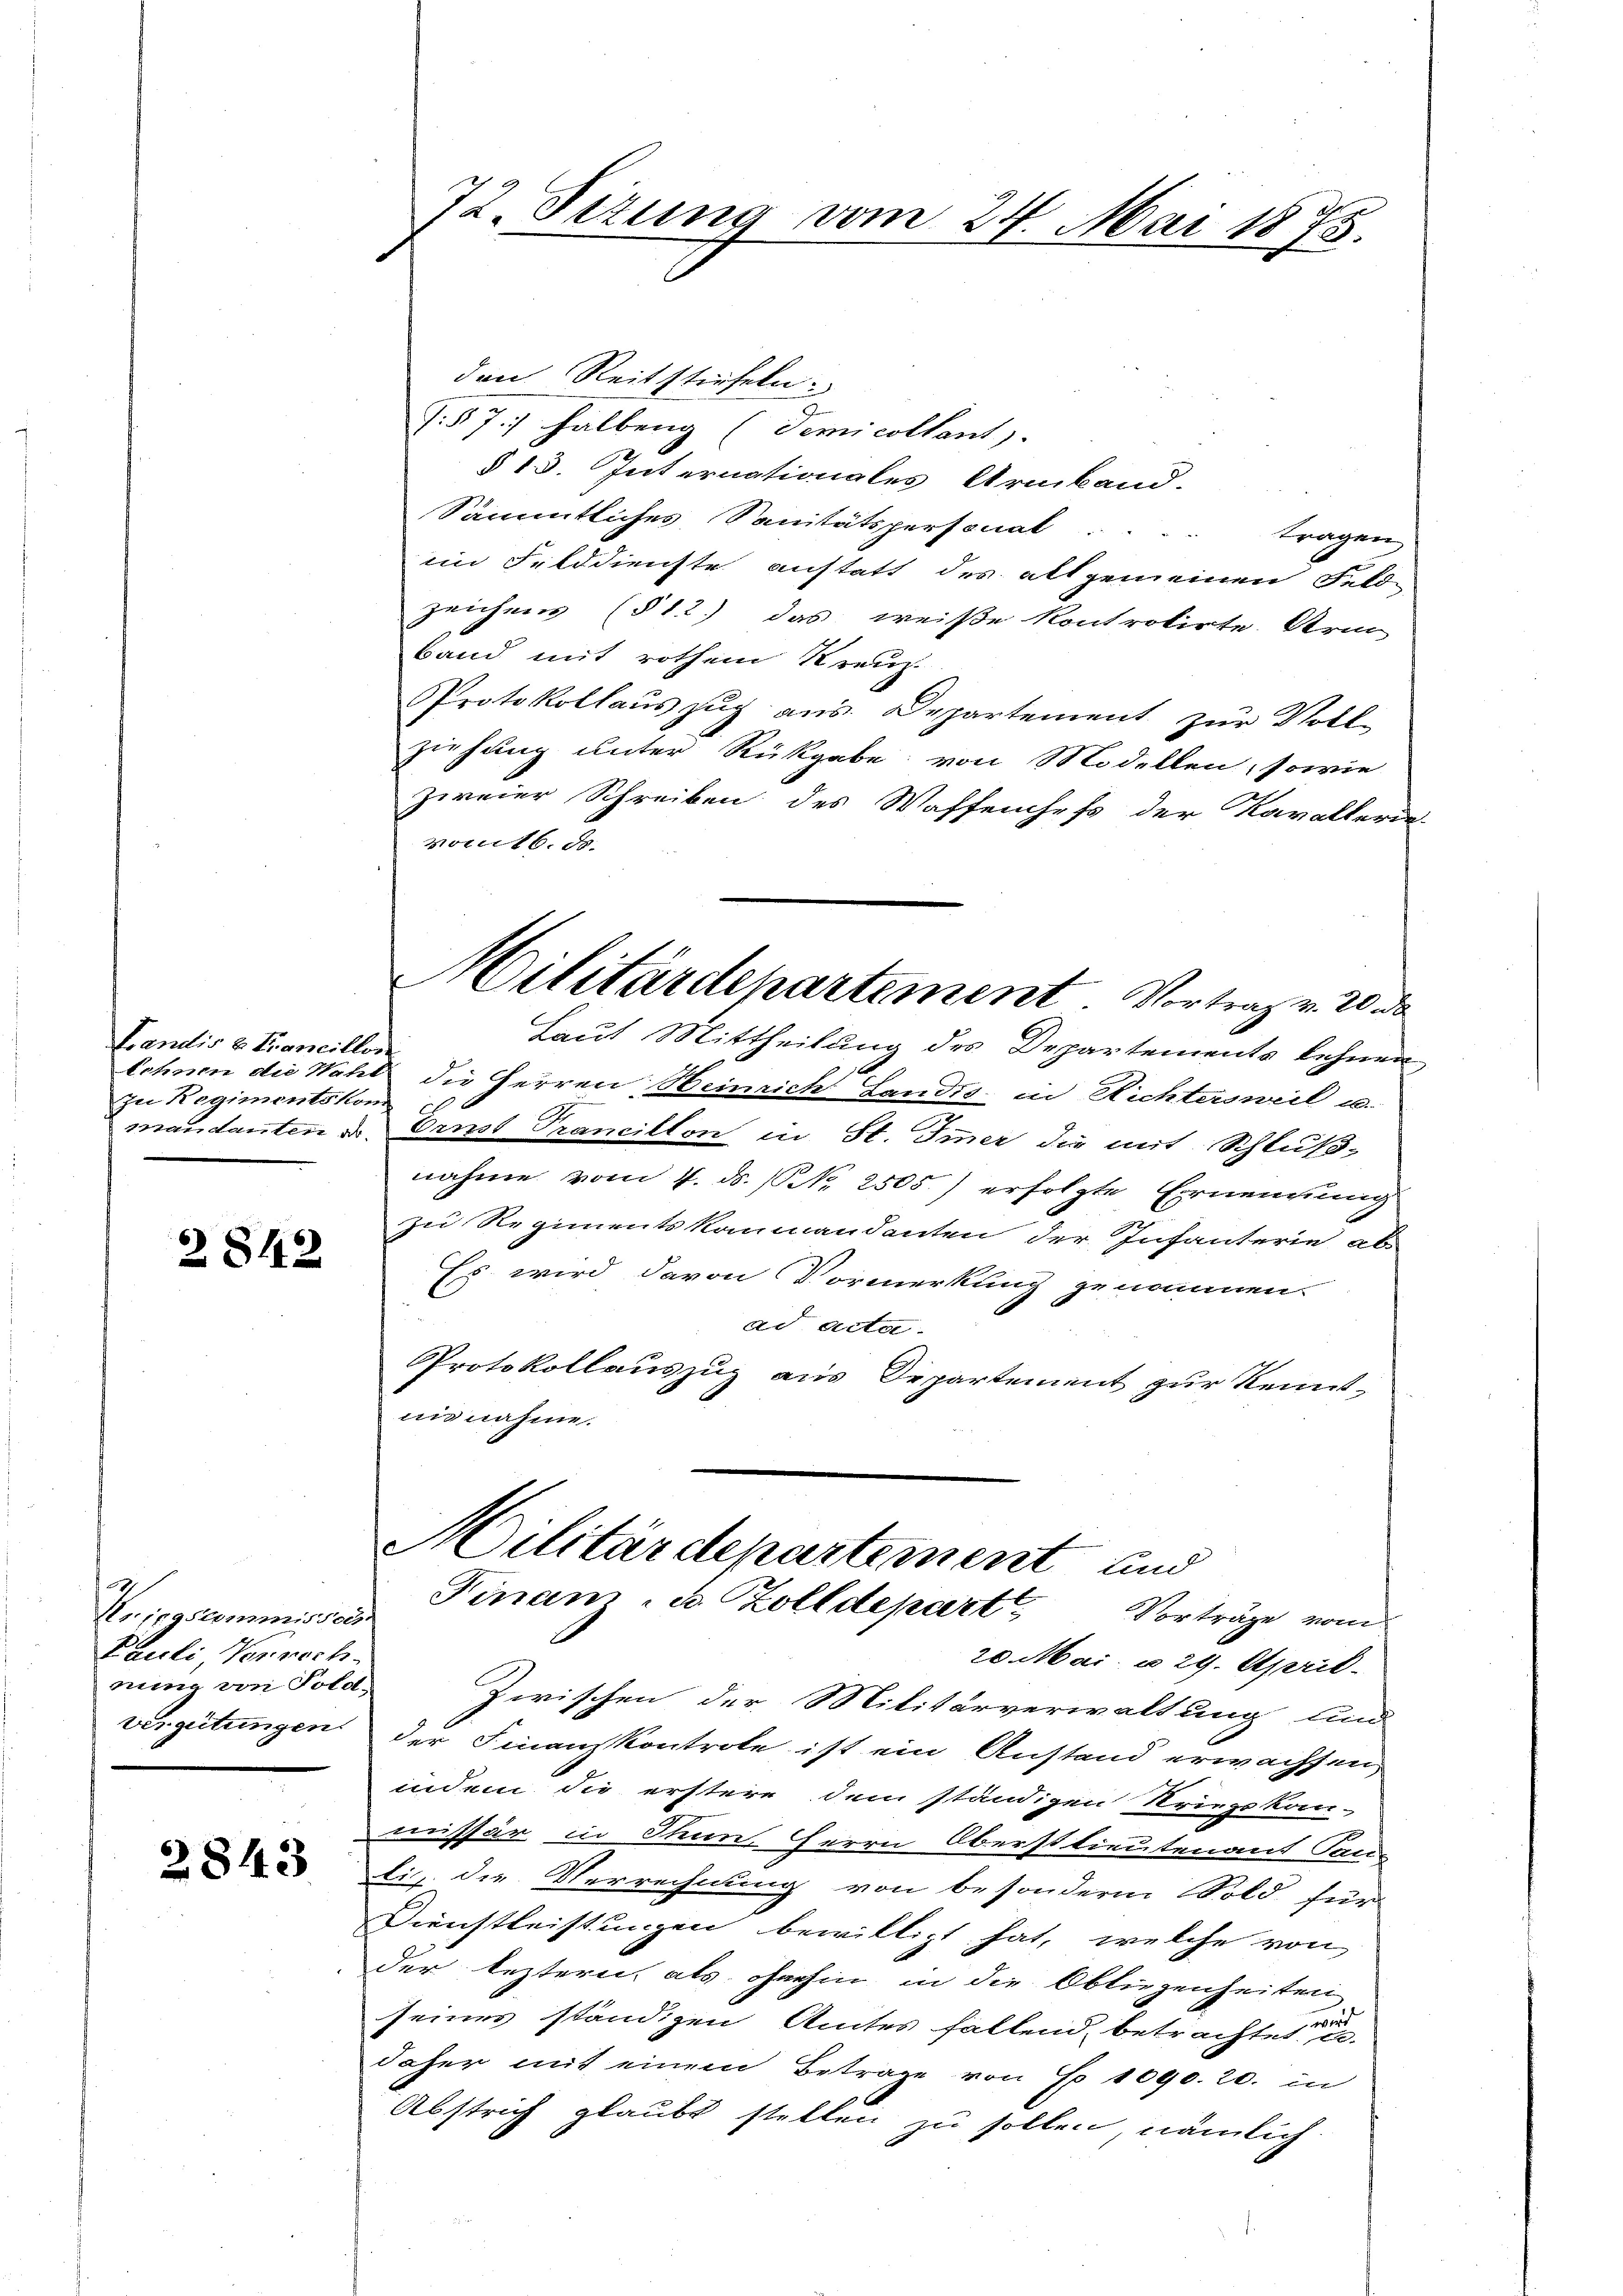
Brandis u. Francillon
zu Regimentskom

2842

8
Kriegscommisson
Pauli, Verrech-
nung von Pold-

2843

72. Setzung vom 24. Mai 1875.

den Reitstiefeln.
J. § 77 halberg (Demicollant).
§ 13. Internationales Armband.
Sämmtliches Sanitätspersonat . . . . tragen
im Felddienste anstatt des alt gemeinen Felden
zeichnen (§ 12) das weiße Kontrolirte Arm
band mit rothem Kreuz-
Protokollauszug aus Departement zur Voll-
ziehung unter Rückgabe von Modellen, sowie
zweier Schreiben des Waffenheft der Kavallerie-
vom 16. d.
mandanten u. Ernst Trancillon in St. Immer die mit Schluß-
nahme vom 7. ds. No. 2505.) erfolgte Ernennung
zu Regimentskommandanten der Infanterie ab
Es wird davon Vormerkung genommen.
ad Acta.
Protokollauszug aus Departement zur Kenntnisnahme.
Militärdepartement und
Finanz- u. Zolldepart
Vorträge vom
20. Mai. u 29. April.
Zwischen der Militärverwaltung und
vergütungen der Finanzkontrole ist ein Anstand erwachsen,
indem die erstere dem ständigen Kriegskan-
missär in Thun Herrn Oberstlieutenant Fen
lic die Verrechnung von besondern Fold für
Dienstleistungen bewilligt hat, welche von
der leztern, als ohnehin in die Obliegenheiten
seines ständigen Amtes fallend, betrachtet sei
daher mit einem Betrage von Fr. 1090. 20. in
Abstrich glaubt stellen zu sollen, nämlich

Militärdepartement Vortrag v. 20 de
Laut Mittheilung des Departements lehnen
lchnen die Wahl die Herren Heinrich Landis in Richtersweil u.
2